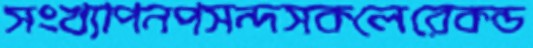
সংখ্যাপনপসন্দসকলেরেকন্ড